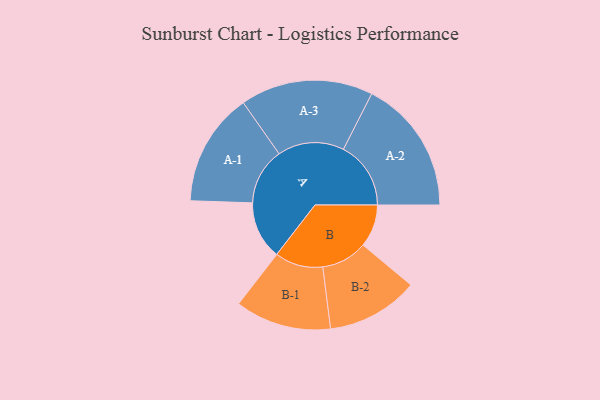
{"axis": {"x": "Segment", "y": "Value"}, "legend": ["", "A", "B"], "data": [{"x": "A", "y": 222, "type": ""}, {"x": "B", "y": 163, "type": ""}, {"x": "A-1", "y": 217, "type": "A"}, {"x": "A-2", "y": 258, "type": "A"}, {"x": "A-3", "y": 254, "type": "A"}, {"x": "B-1", "y": 184, "type": "B"}, {"x": "B-2", "y": 176, "type": "B"}]}